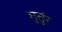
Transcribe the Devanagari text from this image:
गुतुंर